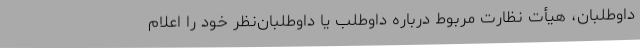
داوطلبان، هیأت نظارت مربوط درباره داوطلب یا داوطلبان‌نظر خود را اعلام